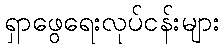
ရှာဖွေရေးလုပ်ငန်းများ